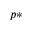
p *